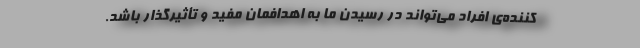
کننده‌ی افراد می‌تواند در رسیدن ما به اهدافمان مفید و تأثیرگذار باشد.